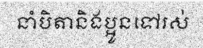
នាំបិតានិងប្អូនទៅរស់